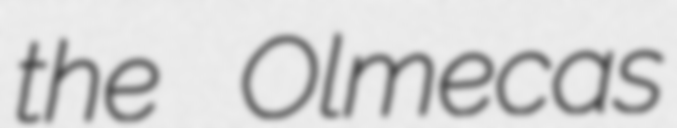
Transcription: the Olmecas